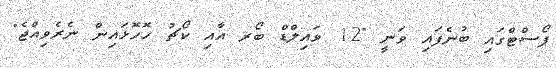
ޕޯސްޓްގައި ބުނެފައި ވަނީ "12 ވައިލްޑް ބޯރ އާއި ކޯޗު ހޮހޮޅައިން ނެރެވިއްޖެ"